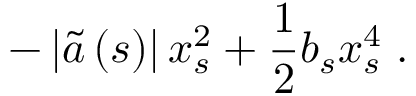
- \left\vert \widetilde { a } \left( s \right) \right\vert x _ { s } ^ { 2 } + \frac { 1 } { 2 } b _ { s } x _ { s } ^ { 4 } \; .